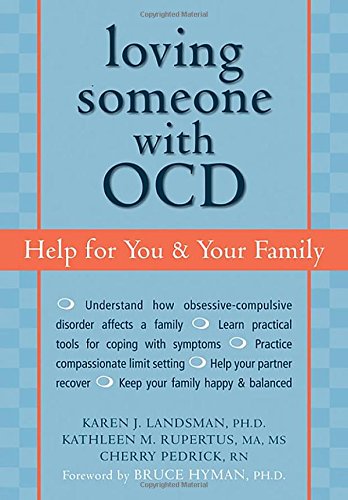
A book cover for Loving Someone with OCD: Help for You and Your Family; Karen J. Landsman; Health, Fitness & Dieting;